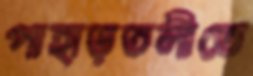
পাহাড়তলীতে